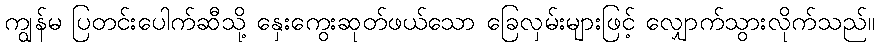
ကျွန်မ ပြတင်းပေါက်ဆီသို့ နှေးကွေးဆုတ်ဖယ်သော ခြေလှမ်းများဖြင့် လျှောက်သွားလိုက်သည်။